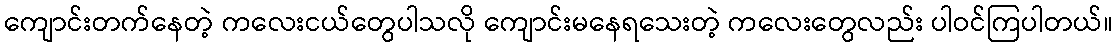
ကျောင်းတက်နေတဲ့ ကလေးငယ်တွေပါသလို ကျောင်းမနေရသေးတဲ့ ကလေးတွေလည်း ပါဝင်ကြပါတယ်။